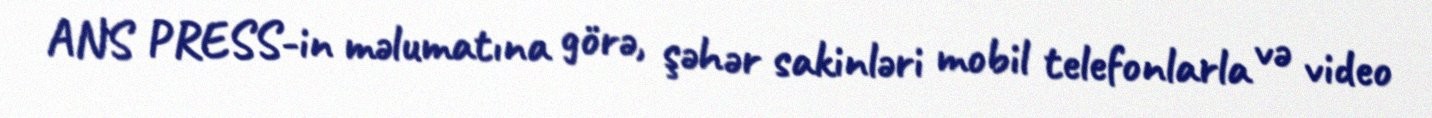
ANS PRESS-in məlumatına görə, şəhər sakinləri mobil telefonlarla və video